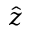
\hat { z }